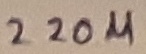
Text: 220µ